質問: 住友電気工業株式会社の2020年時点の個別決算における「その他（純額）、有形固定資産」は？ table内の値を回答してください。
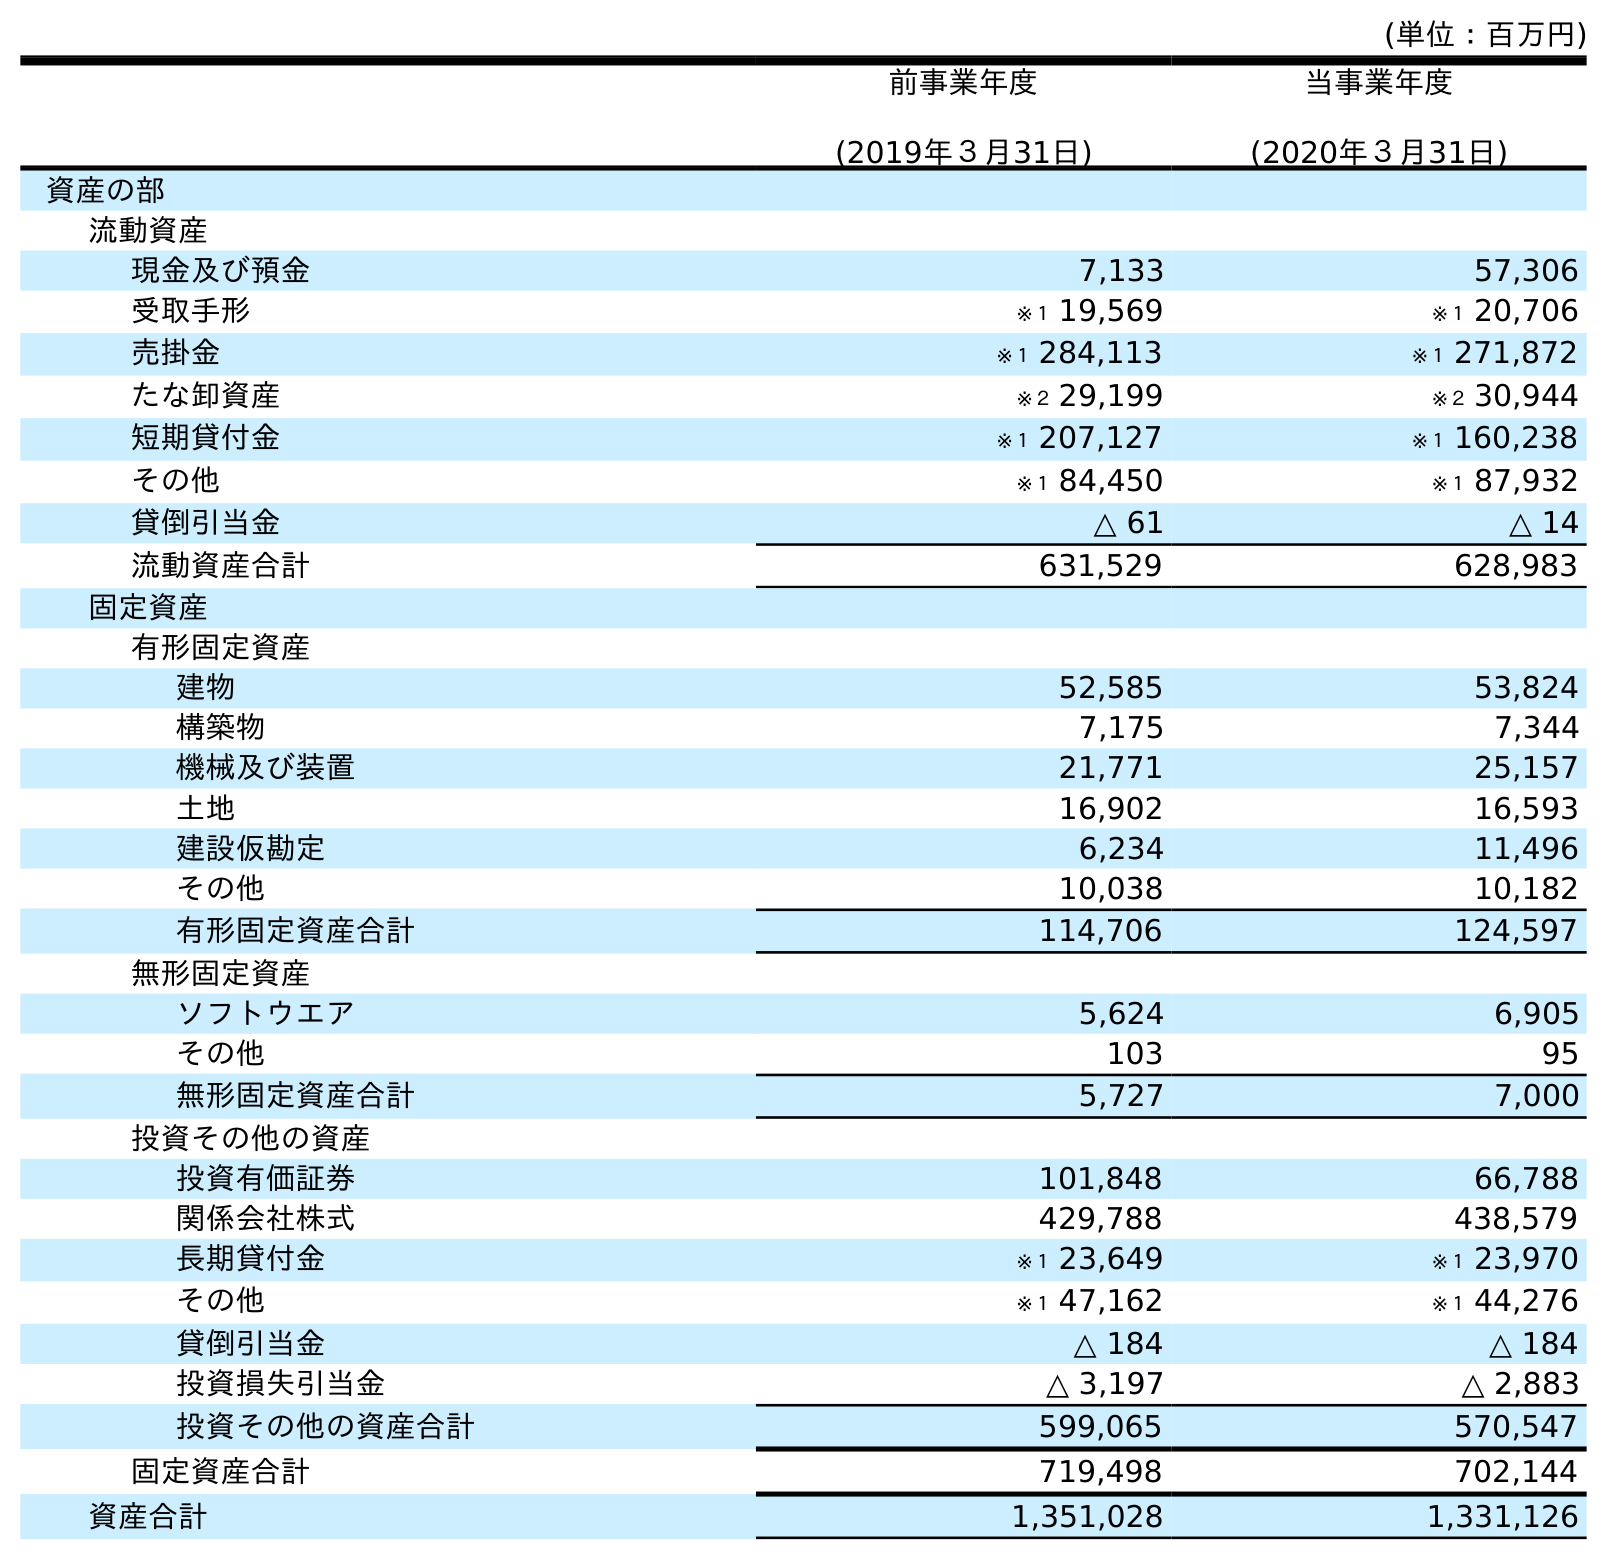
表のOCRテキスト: (単位：百万円) 前事業年度 (2019年３月31日) 当事業年度 (2020年３月31日) 資産の部 流動資産 現金及び預金 7,133 57,306 受取手形 ※１ 19,569 ※１ 20,706 売掛金 ※１ 284,113 ※１ 271,872 たな卸資産 ※２ 29,199 ※２ 30,944 短期貸付金 ※１ 207,127 ※１ 160,238 その他 ※１ 84,450 ※１ 87,932 貸倒引当金 △ 61 △ 14 流動資産合計 631,529 628,983 固定資産 有形固定資産 建物 52,585 53,824 構築物 7,175 7,344 機械及び装置 21,771 25,157 土地 16,902 16,593 建設仮勘定 6,234 11,496 その他 10,038 10,182 有形固定資産合計 114,706 124,597 無形固定資産 ソフトウエア 5,624 6,905 その他 103 95 無形固定資産合計 5,727 7,000 投資その他の資産 投資有価証券 101,848 66,788 関係会社株式 429,788 438,579 長期貸付金 ※１ 23,649 ※１ 23,970 その他 ※１ 47,162 ※１ 44,276 貸倒引当金 △ 184 △ 184 投資損失引当金 △ 3,197 △ 2,883 投資その他の資産合計 599,065 570,547 固定資産合計 719,498 702,144 資産合計 1,351,028 1,331,126
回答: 10,182